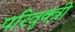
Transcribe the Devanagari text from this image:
परिवृक्त्री